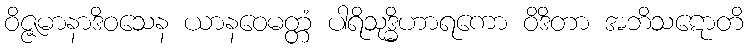
ဝိဇ္ဇမာနာဒိဝသေန ယာနဝေမတ္တံ ပါရိသုဒ္ဓိဟာရကော ဝိဒိတာ အဘိသဋောတိ